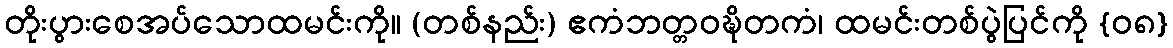
တိုးပွားစေအပ်သောထမင်းကို။ (တစ်နည်း) ဧကံဘတ္တဝဍ္ဎိတကံ၊ ထမင်းတစ်ပွဲပြင်ကို {၀၈}